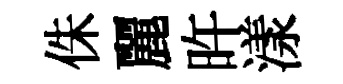
侏麗旿漾